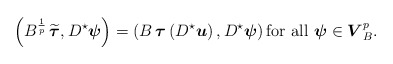
\begin{align*}\left(B^{\frac{1}{p}}\,\widetilde{\boldsymbol\tau},D^\star{\boldsymbol\psi}\right)=\left(B \, {\boldsymbol\tau}\left(D^\star{ \boldsymbol u}\right),D^\star{\boldsymbol\psi}\right) \mbox{for all} \ {\boldsymbol\psi}\in \boldsymbol V_B^{p}. \end{align*}